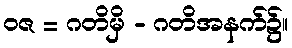
ဝဇ = ဂတိမှိ - ဂတိအနက်၌။